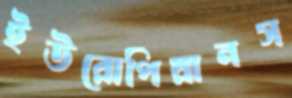
ইউরোপিয়ানস